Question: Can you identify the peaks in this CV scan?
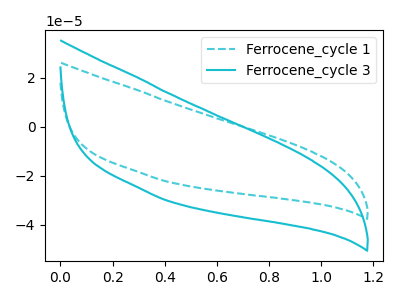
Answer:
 <answer>The cyan dashed curve "Ferrocene_cycle 1" has no peaks. The cyan curve "Ferrocene_cycle 3" has no peaks.</answer>
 <eval></eval>